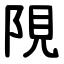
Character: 䧋